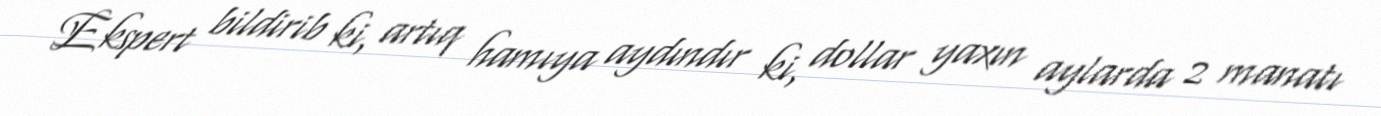
Ekspert bildirib ki, artıq hamıya aydındır ki, dollar yaxın aylarda 2 manatı